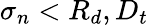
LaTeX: \sigma_{n}<R_{d},D_{t}